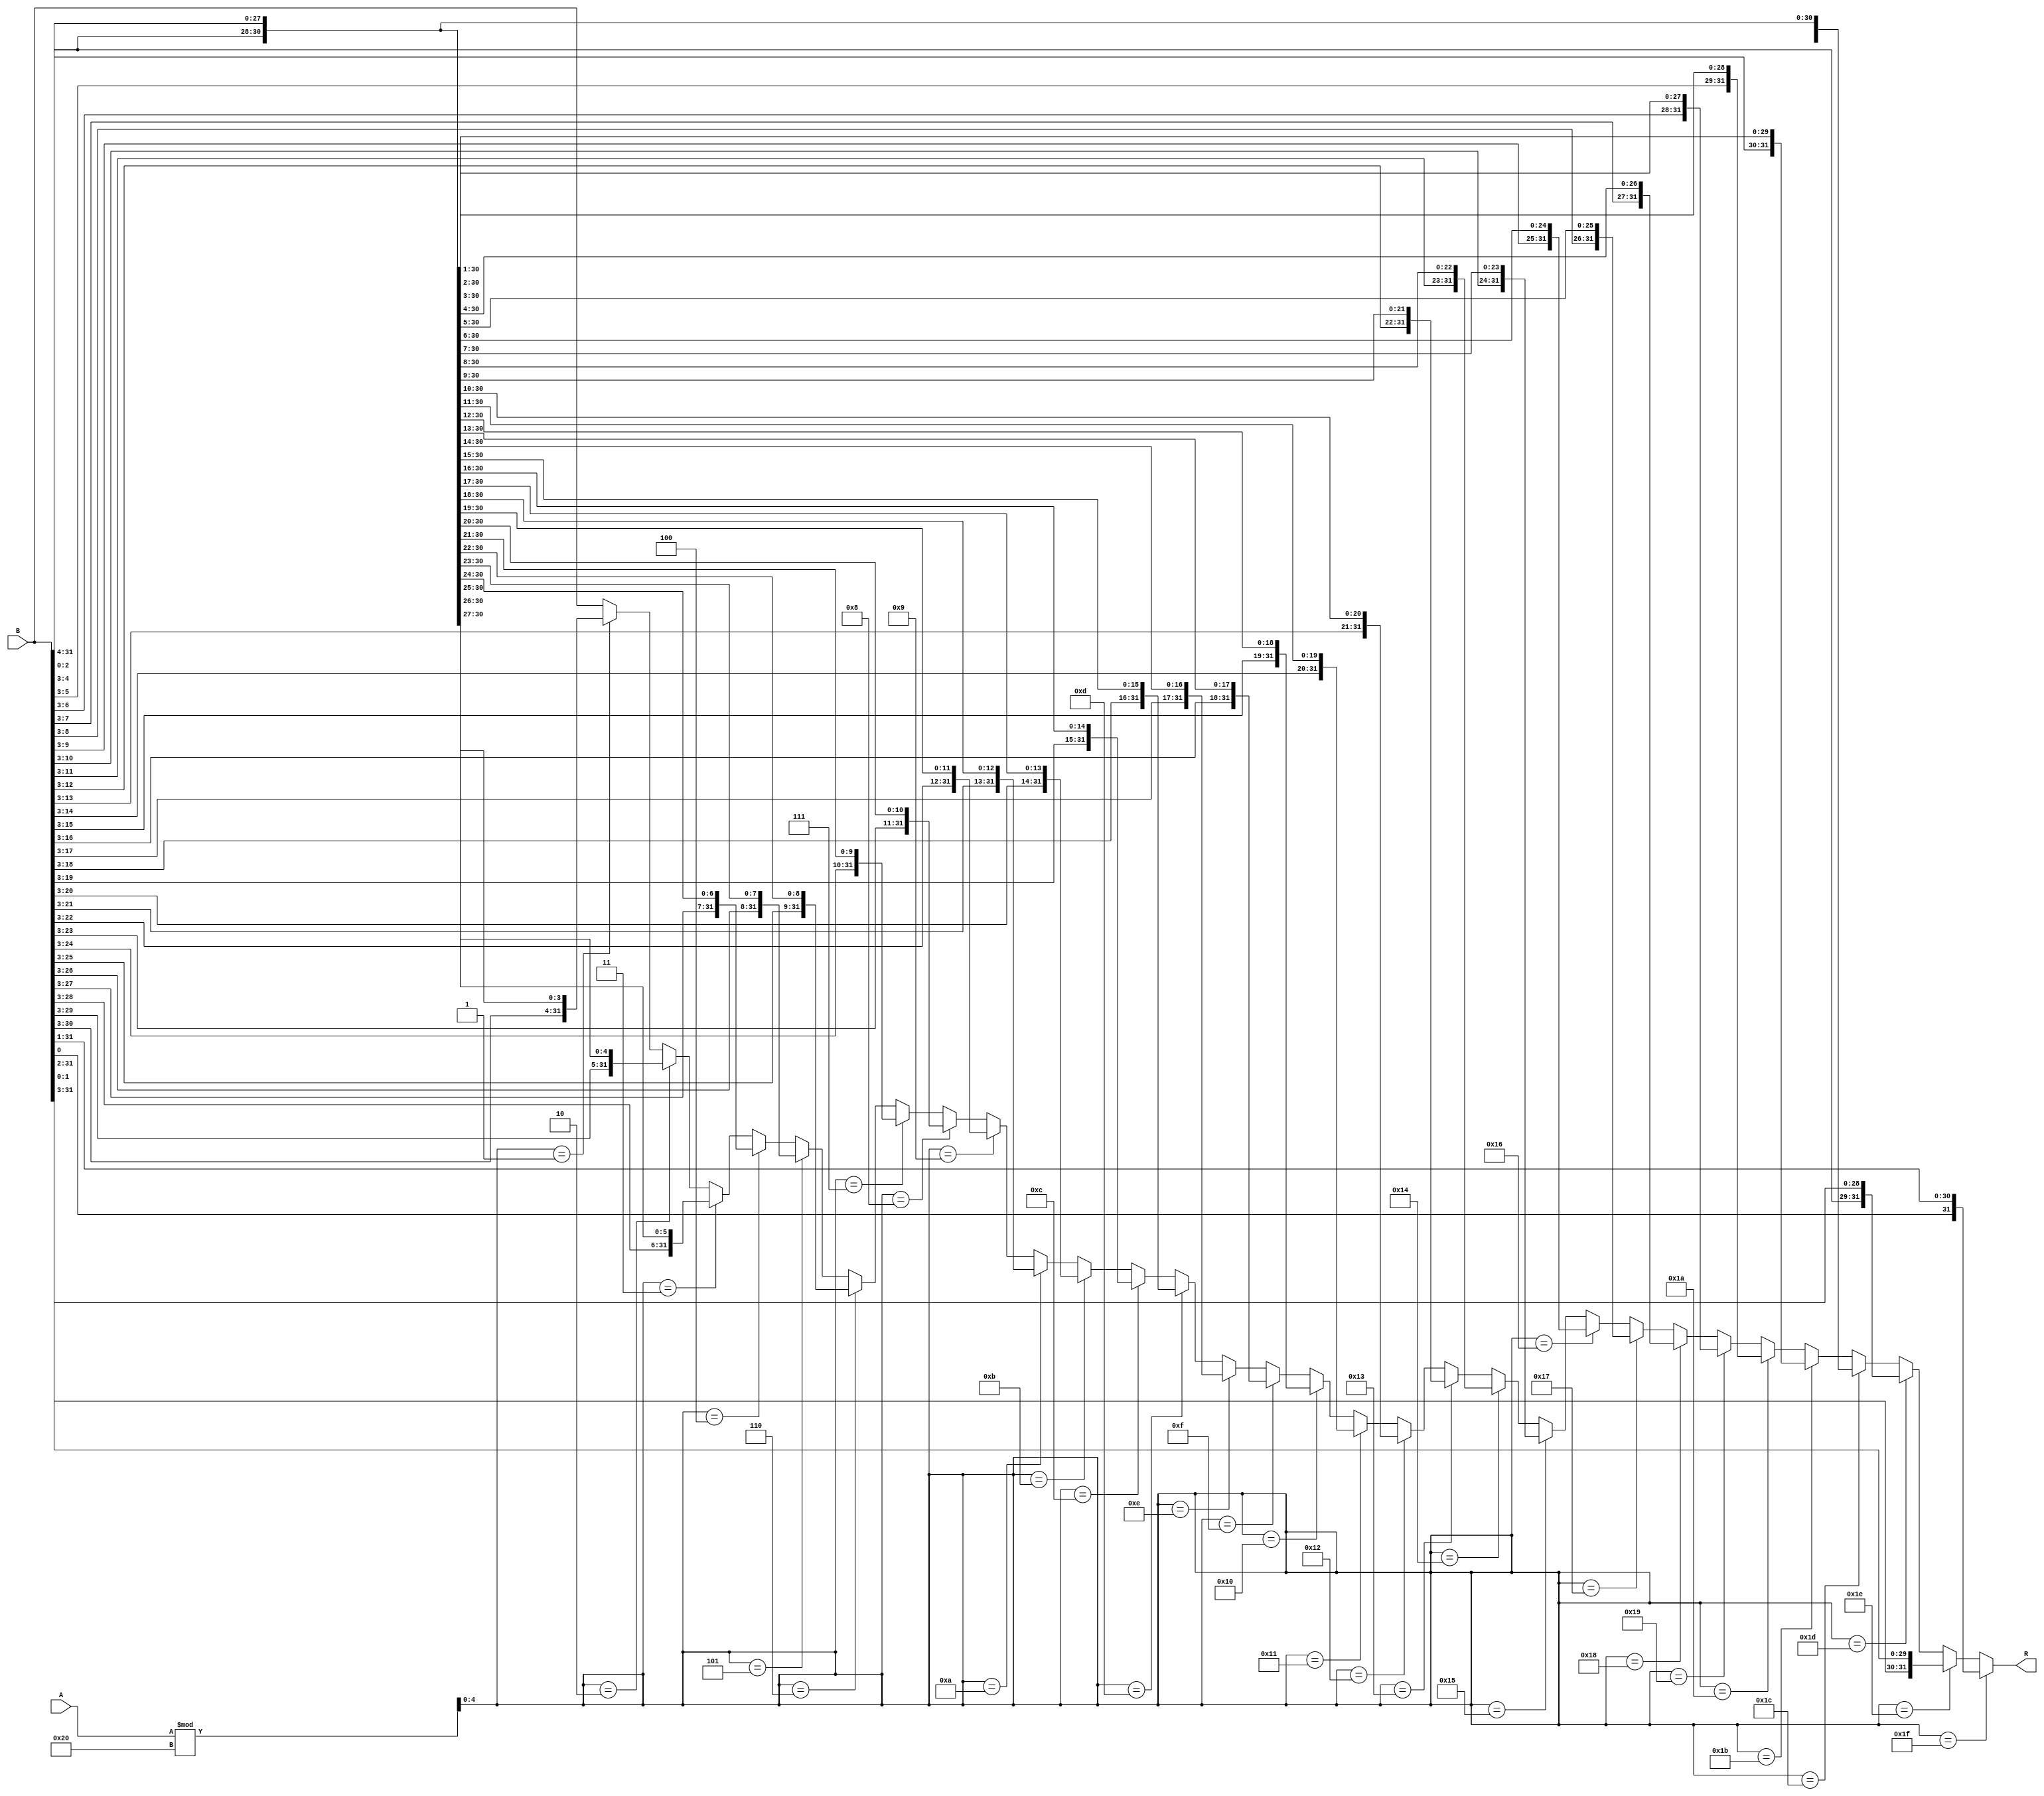
module rotate_left(
	output [31:0] R,
	input [31:0] A, B
);
	wire [4:0] N;
	assign N = A % 32;
	assign R =  (N == 31)?{B[0:0], B[31:1]}:
				   (N == 30)?{B[1:0], B[31:2]}:
				   (N == 29)?{B[2:0], B[31:3]}:
					(N == 28)?{B[3:0], B[31:4]}:
					(N == 27)?{B[4:0], B[31:5]}:
					(N == 26)?{B[5:0], B[31:6]}:
					(N == 25)?{B[6:0], B[31:7]}:
					(N == 24)?{B[7:0], B[31:8]}:
					(N == 23)?{B[8:0], B[31:9]}:
					(N == 22)?{B[9:0], B[31:10]}:
					(N == 21)?{B[10:0], B[31:11]}:
					(N == 20)?{B[11:0], B[31:12]}:
					(N == 19)?{B[12:0], B[31:13]}:
					(N == 18)?{B[13:0], B[31:14]}:
					(N == 17)?{B[14:0], B[31:15]}:
					(N == 16)?{B[15:0], B[31:16]}:
					(N == 15)?{B[16:0], B[31:17]}:
					(N == 14)?{B[17:0], B[31:18]}:
					(N == 13)?{B[18:0], B[31:19]}:
					(N == 12)?{B[19:0], B[31:20]}:
					(N == 11)?{B[20:0], B[31:21]}:
					(N == 10)?{B[21:0], B[31:22]}:
					(N == 9)?{B[22:0], B[31:23]}:
					(N == 8)?{B[23:0], B[31:24]}:
					(N == 7)?{B[24:0], B[31:25]}:
					(N == 6)?{B[25:0], B[31:26]}:
					(N == 5)?{B[26:0], B[31:27]}:
					(N == 4)?{B[27:0], B[31:28]}:
					(N == 3)?{B[28:0], B[31:29]}:
					(N == 2)?{B[29:0], B[31:30]}:
					(N == 1)?{B[30:0], B[31:31]}:
					B[31:0];

endmodule

 module rotate_right(
	output [31:0] R,
	input [31:0] A, B
 );
	wire [4:0] N;
	assign N = A % 32;
	assign R =  (N == 31)?{B[30:0], B[31:31]}:
					(N == 30)?{B[29:0], B[31:30]}:
					(N == 29)?{B[28:0], B[31:29]}:
					(N == 28)?{B[27:0], B[31:28]}:
					(N == 27)?{B[26:0], B[31:27]}:
					(N == 26)?{B[25:0], B[31:26]}:
					(N == 25)?{B[24:0], B[31:25]}:
					(N == 24)?{B[23:0], B[31:24]}:
					(N == 23)?{B[22:0], B[31:23]}:
					(N == 22)?{B[21:0], B[31:22]}:
					(N == 21)?{B[20:0], B[31:21]}:
					(N == 20)?{B[19:0], B[31:20]}:
					(N == 19)?{B[18:0], B[31:19]}:
					(N == 18)?{B[17:0], B[31:18]}:
					(N == 17)?{B[16:0], B[31:17]}:
					(N == 16)?{B[15:0], B[31:16]}:
					(N == 15)?{B[14:0], B[31:15]}:
					(N == 14)?{B[13:0], B[31:14]}:
					(N == 13)?{B[12:0], B[31:13]}:
					(N == 12)?{B[11:0], B[31:12]}:
					(N == 11)?{B[10:0], B[31:11]}:
					(N == 10)?{B[9:0], B[31:10]}:
					(N == 9)?{B[8:0], B[31:9]}:
					(N == 8)?{B[7:0], B[31:8]}:
					(N == 7)?{B[6:0], B[31:7]}:
					(N == 6)?{B[5:0], B[31:6]}:
					(N == 5)?{B[4:0], B[31:5]}:
					(N == 4)?{B[3:0], B[31:4]}:
					(N == 3)?{B[2:0], B[31:3]}:
					(N == 2)?{B[1:0], B[31:2]}:
					(N == 1)?{B[0:0], B[31:1]}:
					B[31:0];
					
endmodule